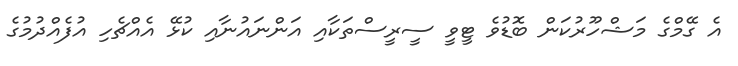
އެ ގޭމްގެ މަޝްހޫރުކަން ބޮޑުވެ ޓީވީ ސީރީސްތަކާއި އަންނައުނާއި ކުޅޭ އެއްޗެހި އުފެއްދުމުގެ